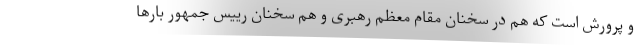
و پرورش است که هم در سخنان مقام معظم رهبری و هم سخنان رییس جمهور بارها